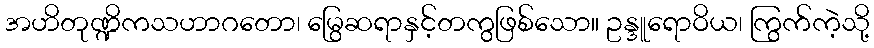
အဟိတုဏ္ဍိကသဟာဂတော၊ မြွေဆရာနှင့်တကွဖြစ်သော။ ဥန္ဒူရောဝိယ၊ ကြွက်ကဲ့သို့